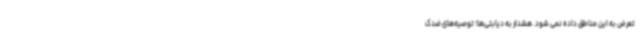
تعرض به این مناطق داده نمی شود. هشدار به دیابتی‌ها؛ توصیه‌های ضدک